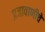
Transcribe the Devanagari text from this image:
प्रजावाणीचे